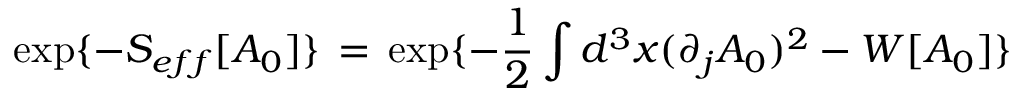
\exp \{ - S _ { e f f } [ A _ { 0 } ] \} \, = \, \exp \{ - \frac { 1 } { 2 } \int d ^ { 3 } x ( \partial _ { j } A _ { 0 } ) ^ { 2 } - W [ A _ { 0 } ] \}